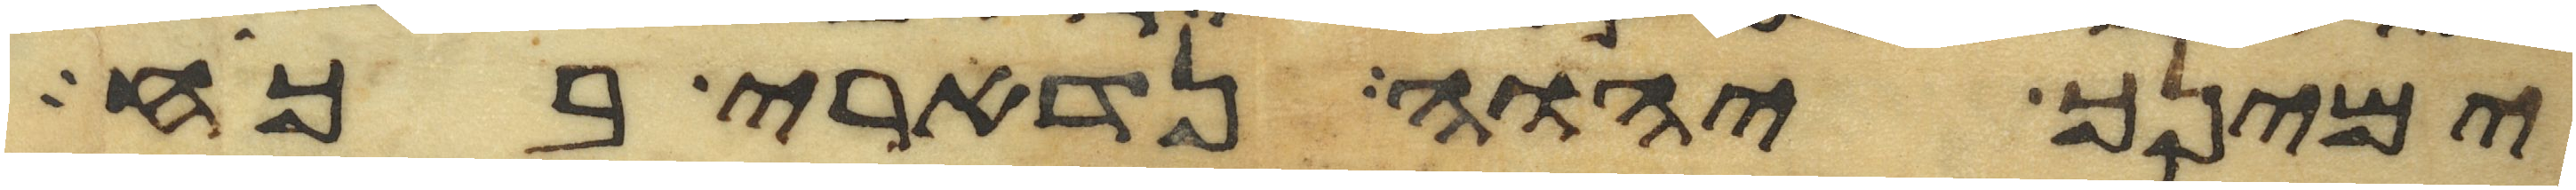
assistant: ימינך יהוה נדארי בכח